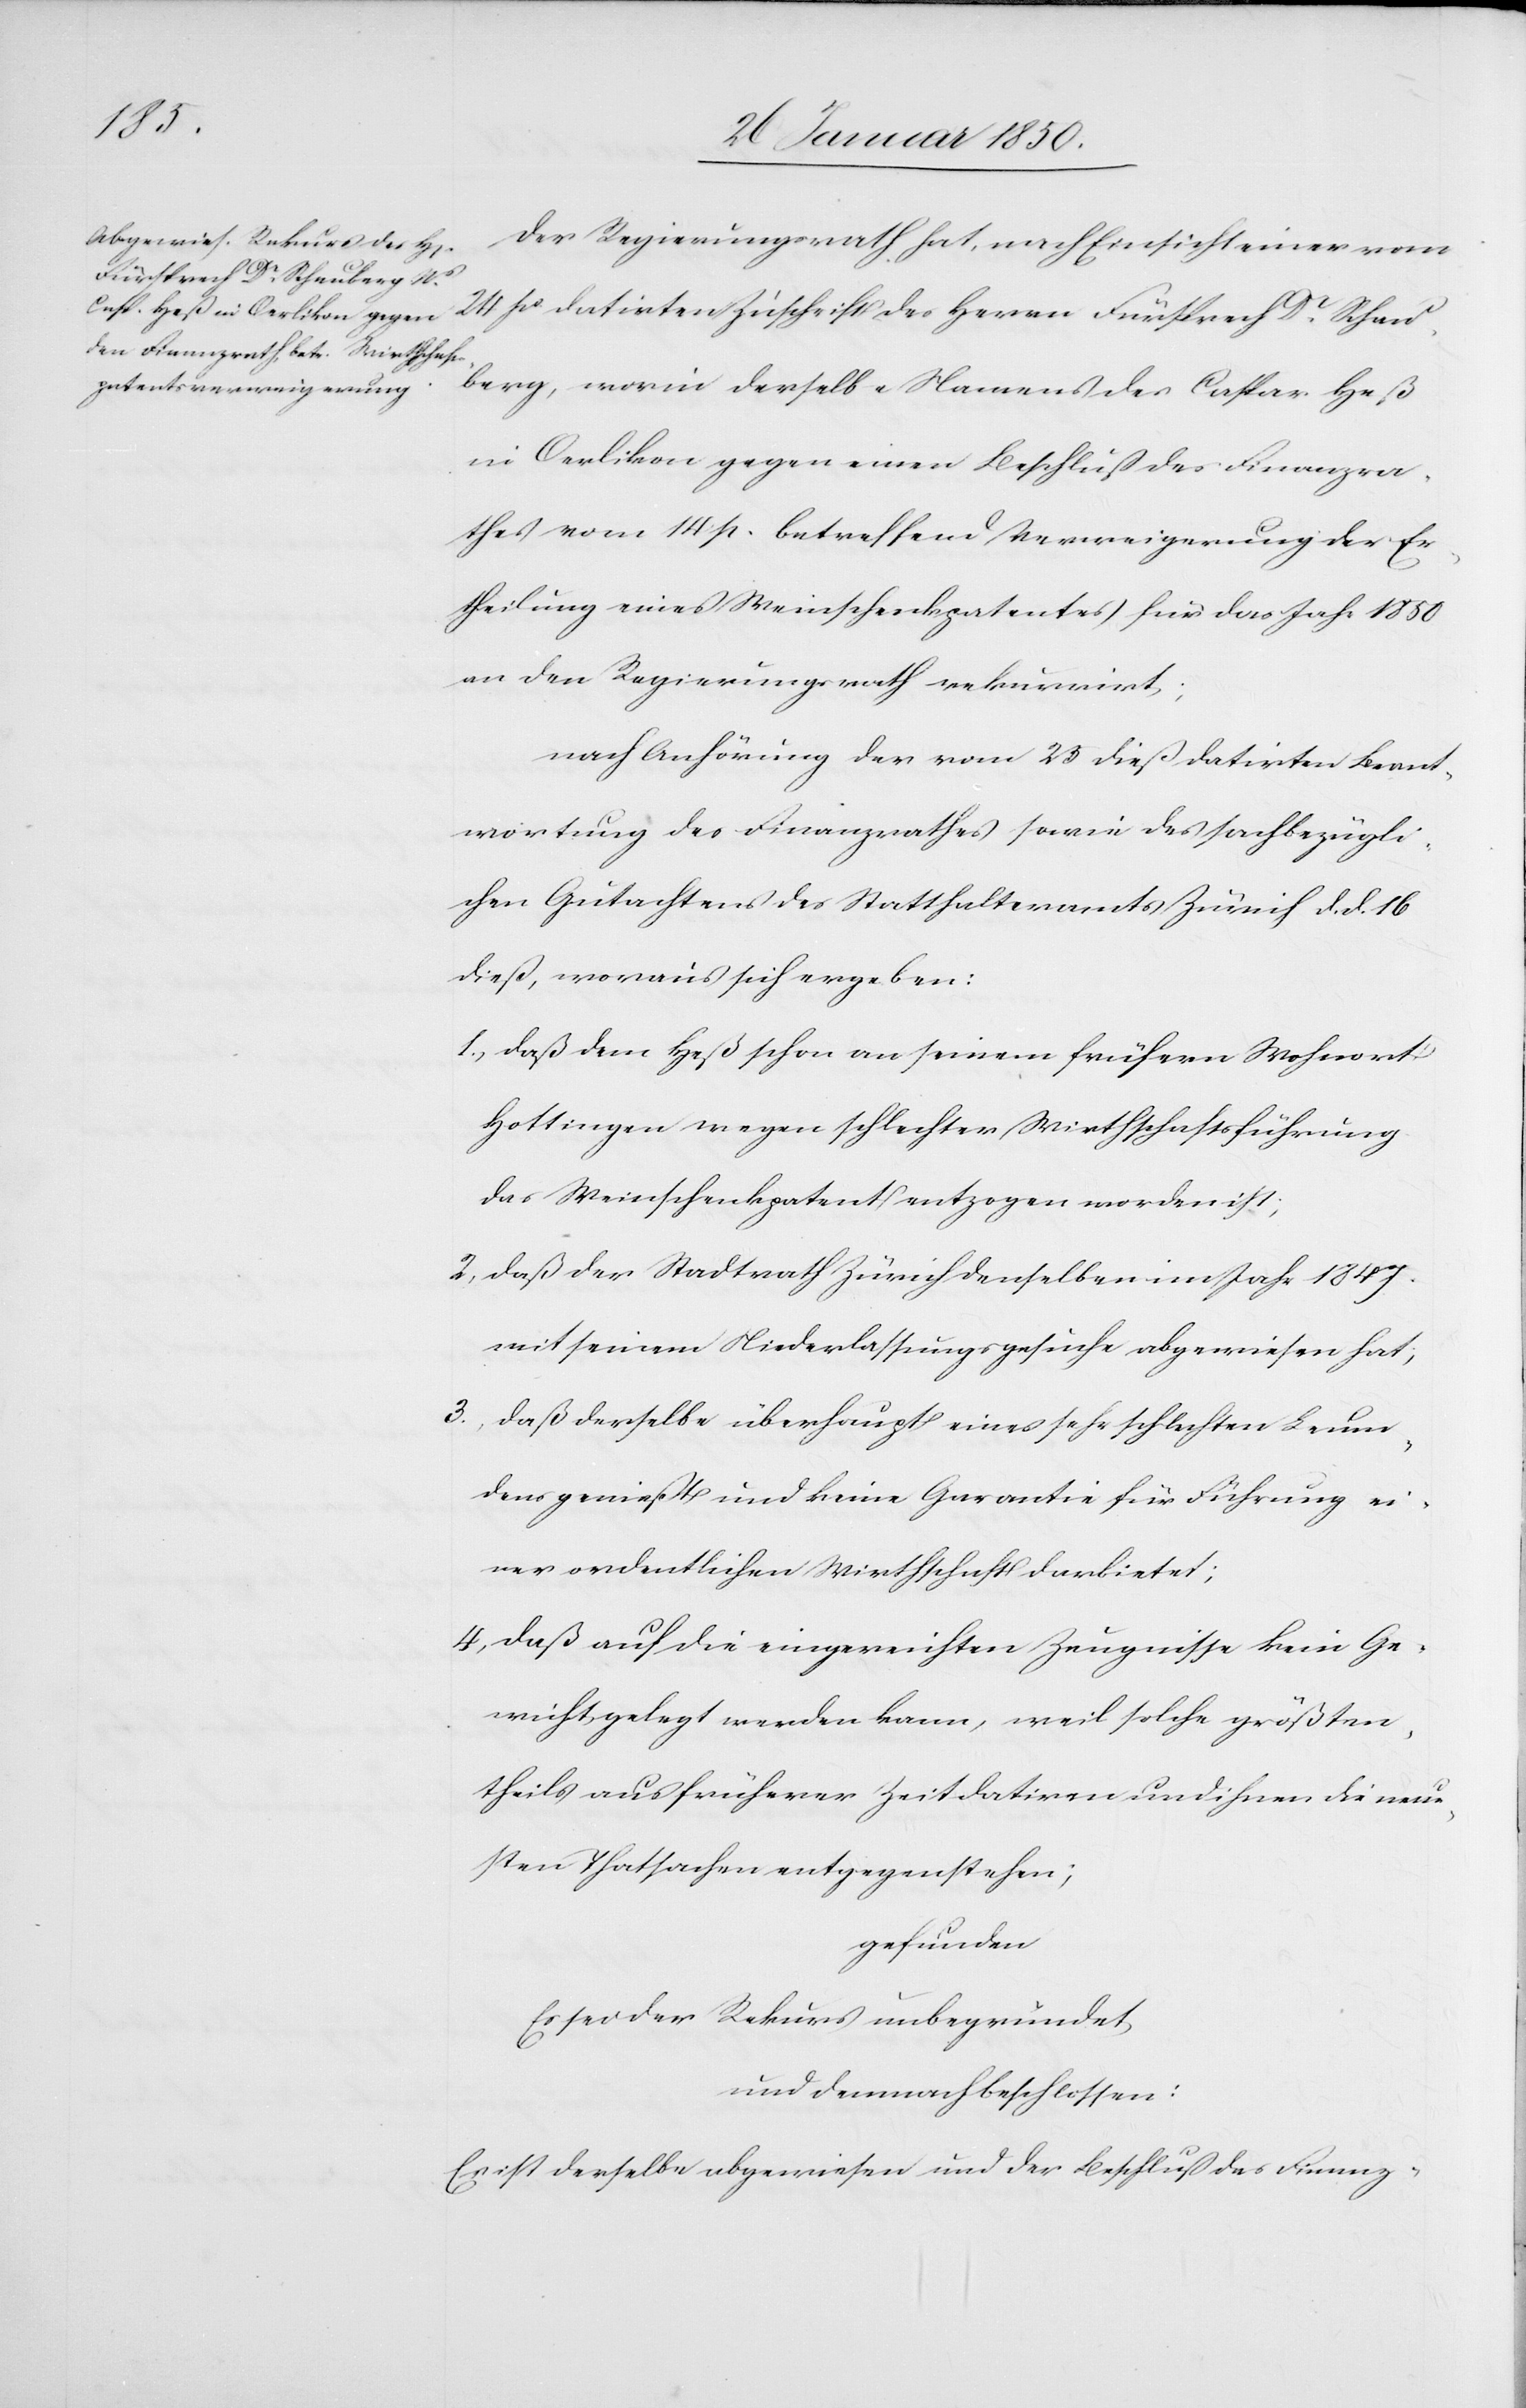
Der Regierungsrath hat, nach Einsicht einer vom
25 po datirten Zuschrift des Herrn Fürsprech Dr Scheu¬
berg, worin derselbe Namens des Caspar Heß
in Oerlikon gegen einen Beschluß des Finanzra¬
thes vom 14 p. betreffend Verweigerung der Er¬
theilung eines Weinschenkpatentes für das Jahr 1850
an den Regierungsrath rekurrirt;
nach Anhörung der vom 23 dieß datirten Beant¬
wortung des Finanzrathes sowie des sachbezügli¬
chen Gutachtens des Statthalteramts Zürich d. d. 16
dieß, woraus sich ergeben:
1., Daß dem Heß schon an seinem frühern Wohnort
Hottingen wegen schlechter Wirthschaftsführung
das Weinschenkpatent entzogen worden ist;
2, Daß der Stadtrath Zürich denselben im Jahr 1847.
mit seinem Niederlassungsgesuche abgewiesen hat;
3., Daß derselbe überhaupt eines sehr schlechten Leum¬
dens genießt und keine Garantie für Führung ei¬
ner ordentlichen Wirthschaft darbietet;
4, Daß auf die eingereichten Zeugnisse kein Ge¬
wicht gelegt werden kann, weil solche größten¬
theils aus früherer Zeit datiren und ihnen die neue¬
sten Thatsachen entgegenstehen;
gefunden
Es sei der Rekurs unbegründet
und demnach beschlossen:
Es ist derselbe abgewiesen und der Beschluß des Finanz-